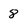
Character: 8